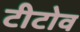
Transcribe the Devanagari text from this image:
टीटोव